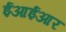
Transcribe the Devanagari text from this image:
ईआईआर